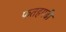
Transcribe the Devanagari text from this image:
फतहगढी